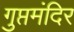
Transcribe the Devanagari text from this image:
गुप्तमंदिर